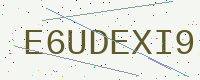
Text: E6UDEXI9